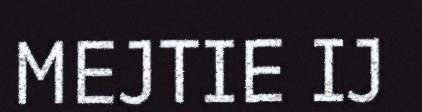
MEJTIE IJ